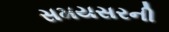
સમયસરની